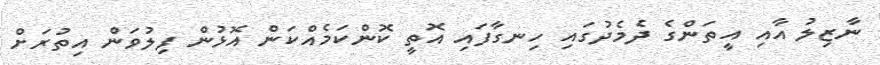
ނާޒިލު އާއި އީތަންގެ ދެމެދުގައި ހިނގާފައި އޮތީ ކޮންކަމެއްކަން އޮޅުން ފިލުވަން އިތުރަށް